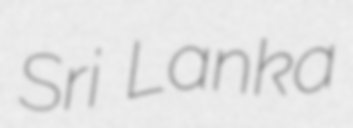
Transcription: Sri Lanka